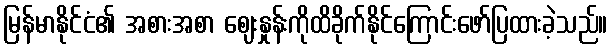
မြန်မာနိုင်ငံ၏ အစားအစာ ဈေးနှုန်းကိုထိခိုက်နိုင်ကြောင်းဖော်ပြထားခဲ့သည်။